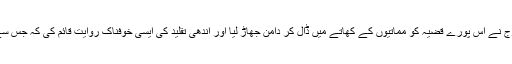
دوسری جانب مولانا گھمن کے حامیوں کی فوج نے اس پورے قضیہ کو مماتیوں کے کھاتے میں ڈال کر دامن جھاڑ لیا اور اندھی تقلید کی ایسی خوفناک روایت قائم کی کہ جس سے موصوف خود پریشان و بیزار نظر آتے ہیں۔